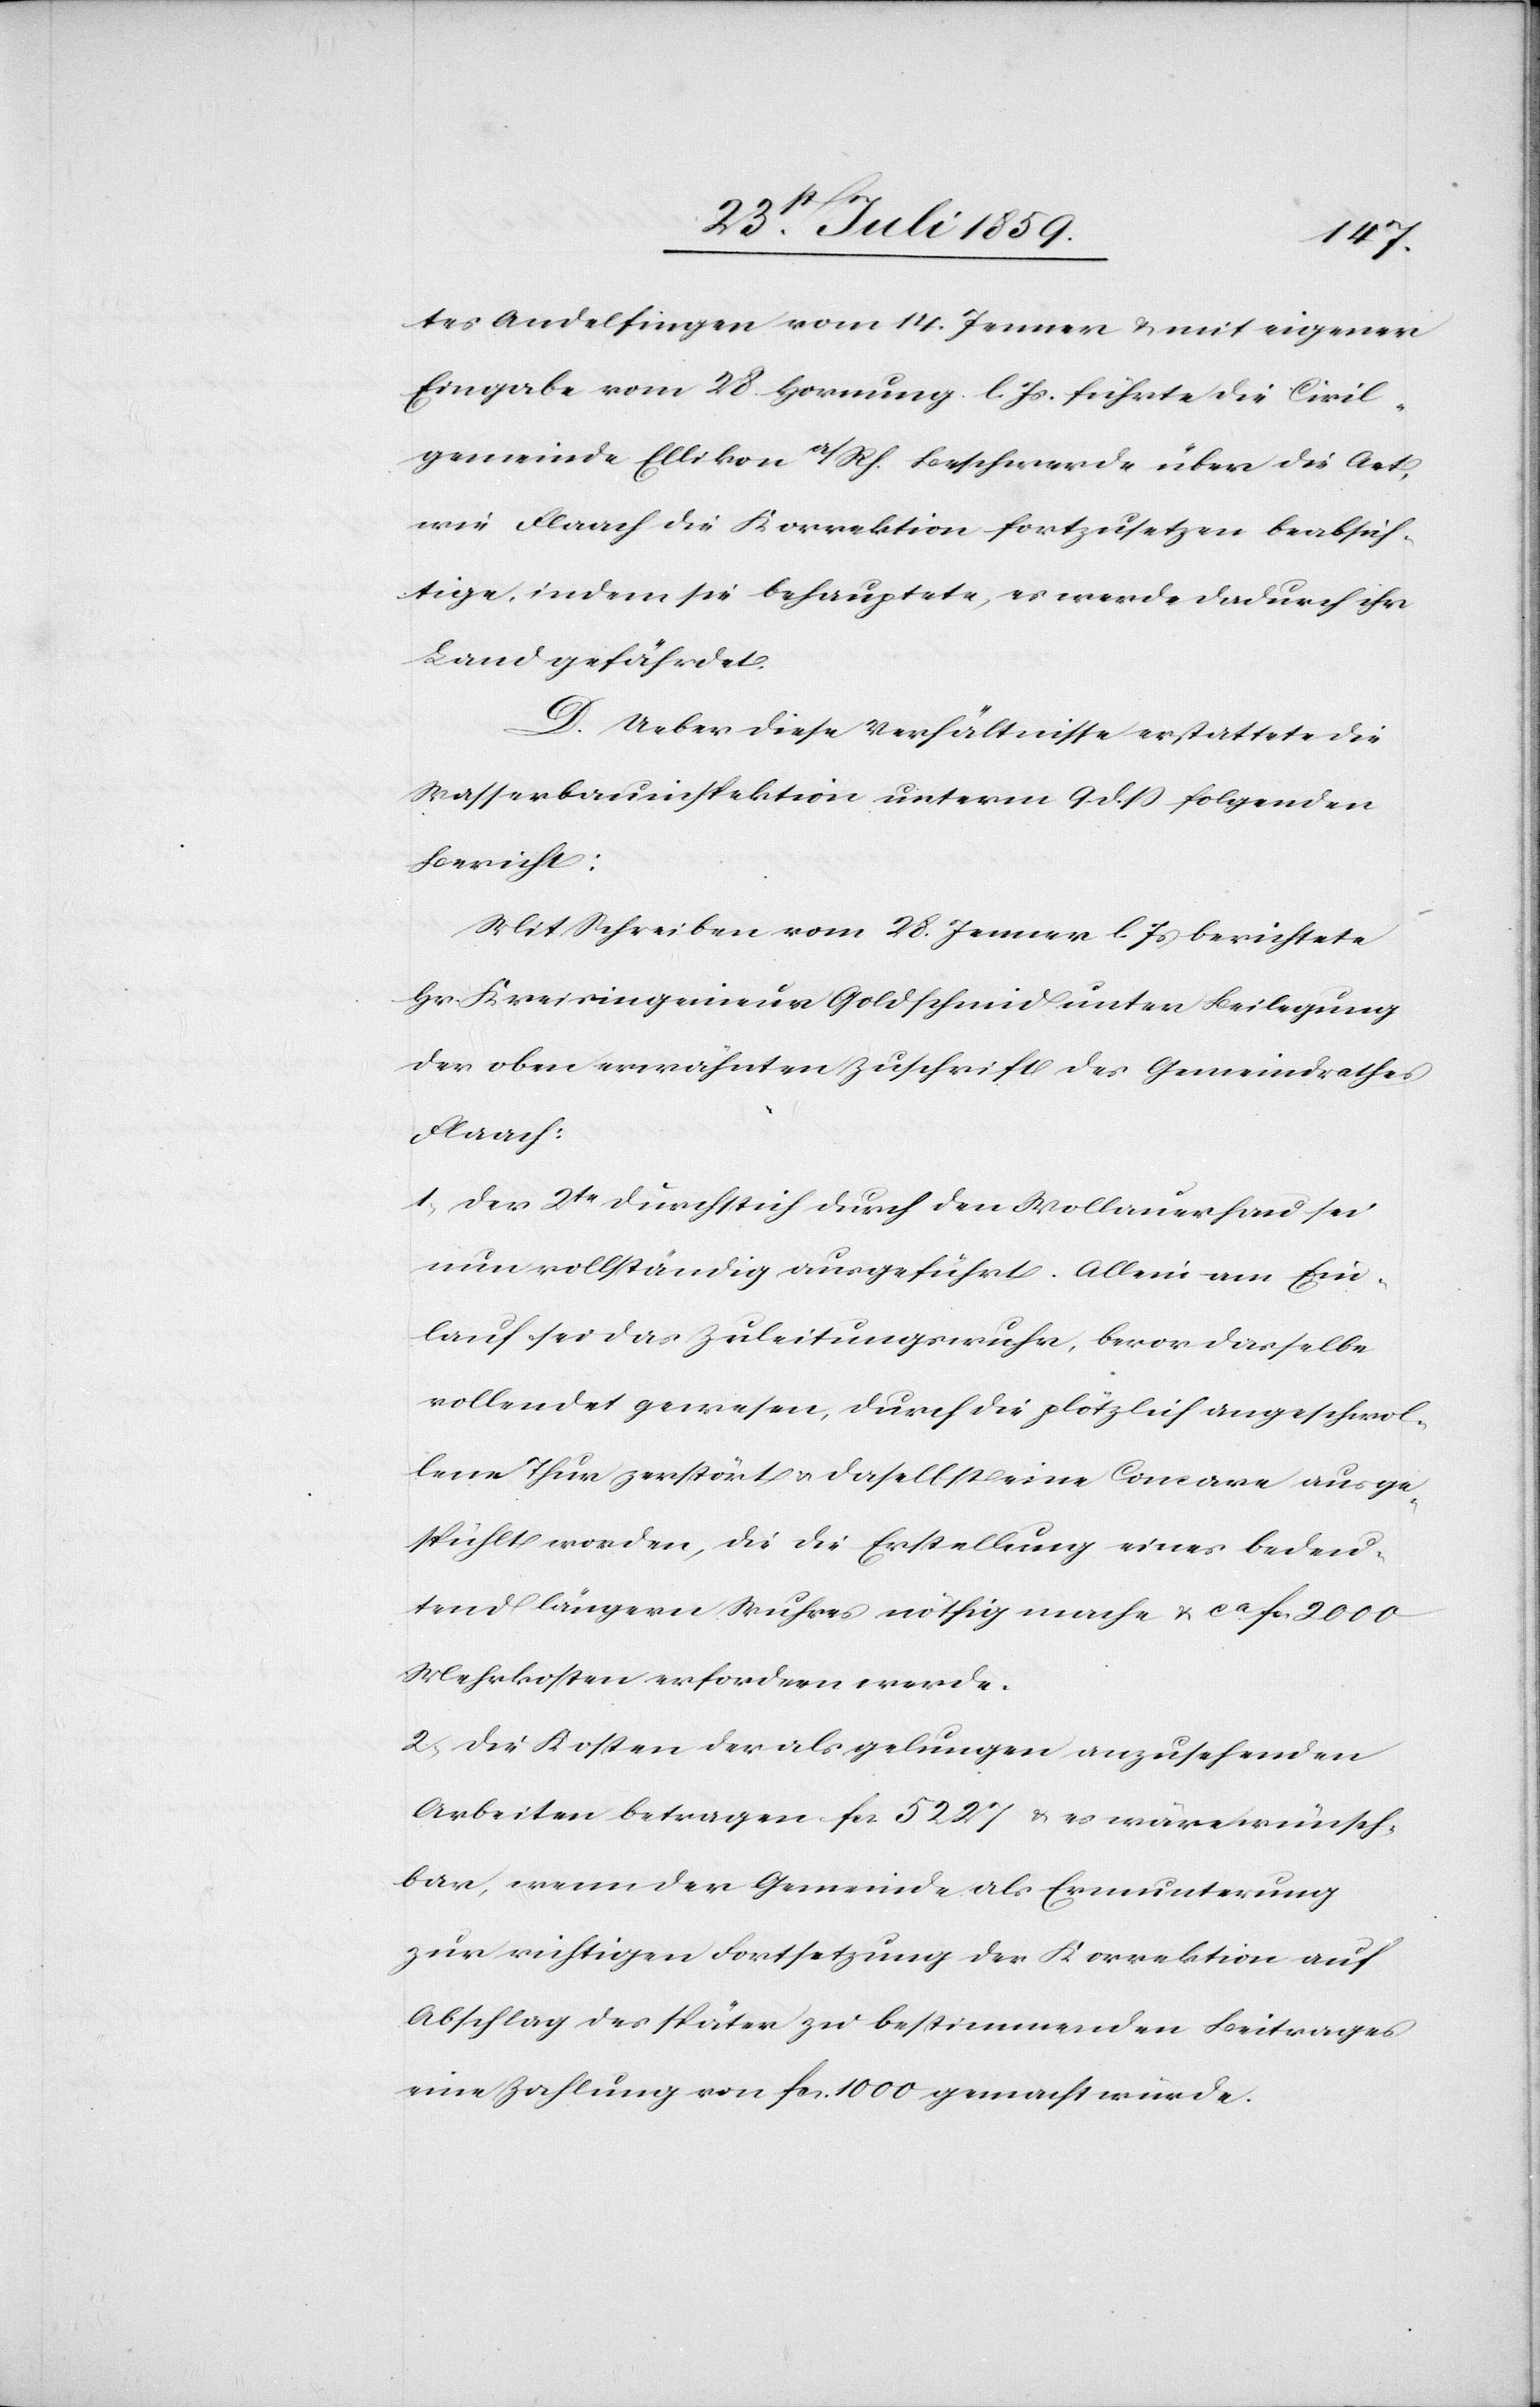
tes Andelfingen vom 14. Jenner u. mit eigener
Eingabe vom 28. Hornung l. Js. führte die Civil¬
gemeinde Ellikon a/Rh. Beschwerde über die Art,
wie Flaach die Korrektion fortzusetzen beabsich¬
tige, indem sie behauptete, es werde dadurch ihr
Land gefährdet.
D. Ueber diese Verhältnisse erstattete die
Wasserbauinspektion unterm 9 dß folgenden
Bericht:
Mit Schreiben vom 28. Jenner l. Js berichtete
Hr. Kreisingenieur Goldschmid unter Beilegung
der oben erwähnten Zuschrift des Gemeindrathes
Flaach:
1. Der 2te Durchstich durch den Wollauerhau sei
nun vollständig ausgeführt. Allein am Ein¬
lauf sei das Zuleitungswuhr, bevor dasselbe
vollendet gewesen, durch die plötzlich angeschwol¬
lene Thur zerstört u. daselbst eine Concave ausge¬
spühlt worden, die die Erstellung eines bedeu¬
tend längern Wuhres nöthig mache u. ca. fc. 2000
Mehrkosten erfordern werde.
2. Die Kosten der als gelungen anzusehenden
Arbeiten betragen fcs. 5227 u. es wäre wünsch¬
bar, wenn der Gemeinde als Ermunterung
zur richtigen Fortsetzung der Korrektion auf
Abschlag des später zu bestimmenden Beitrages
eine Zahlung von fcs. 1000 gemacht würde.